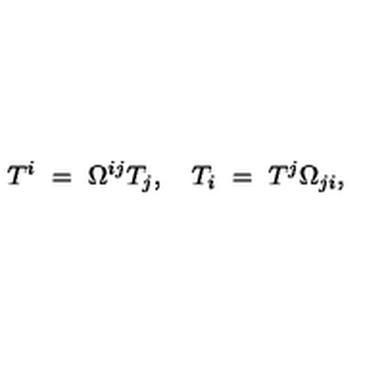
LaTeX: T ^ { i } \ = \ \Omega ^ { i j } T _ { j } , \quad T _ { i } \ = \ T ^ { j } \Omega _ { j i } ,